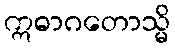
ဣဓာဂတောသ္မိ